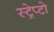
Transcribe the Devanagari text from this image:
स्ट्रेप्टो